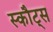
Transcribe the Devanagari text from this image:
स्कौट्स